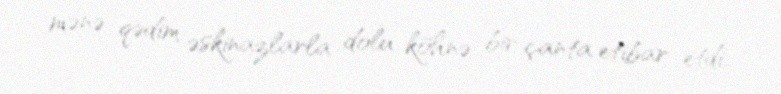
mənə qədim əskinazlarla dolu köhnə bir çanta etibar etdi.